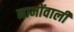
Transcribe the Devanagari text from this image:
नामोंवाली